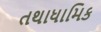
તથાધામિક